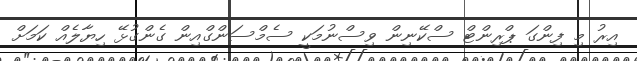
އިރު މި ފިންގަ ޕްރިންޓް ސްކޭނިން ވިސްނުމަކީ ސެމްސަންގްއިން ގެންގުޅޭ ހިޔާލެއް ކަމަށް